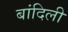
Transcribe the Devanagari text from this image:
बांदिली